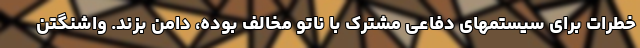
خطرات برای سیستمهای دفاعی مشترک با ناتو مخالف بوده، دامن بزند. واشنگتن